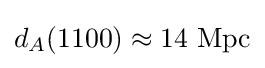
d_{A}(1100)\approx 14\ \mathrm {Mpc}